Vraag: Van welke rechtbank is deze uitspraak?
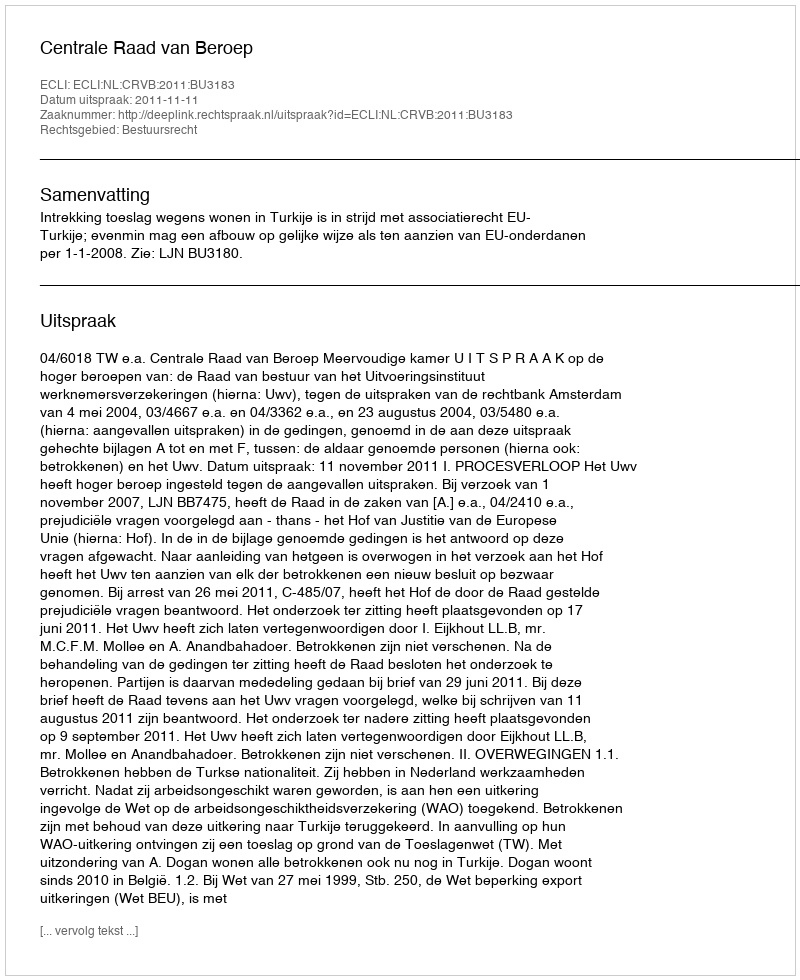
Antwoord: Centrale Raad van Beroep